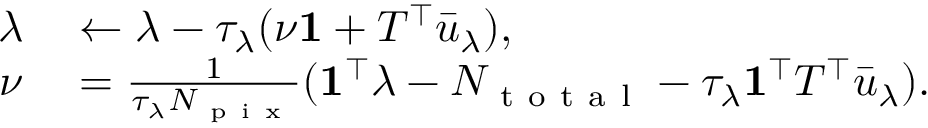
\begin{array} { r l } { \lambda } & { { } \leftarrow \lambda - \tau _ { \lambda } ( \nu \mathbf { 1 } + T ^ { \top } \bar { u } _ { \lambda } ) , } \\ { \nu } & { { } = \frac { 1 } { \tau _ { \lambda } N _ { \mathrm { ~ p ~ i ~ x ~ } } } ( \mathbf { 1 } ^ { \top } \lambda - N _ { \mathrm { ~ t ~ o ~ t ~ a ~ l ~ } } - \tau _ { \lambda } \mathbf { 1 } ^ { \top } T ^ { \top } \bar { u } _ { \lambda } ) . } \end{array}